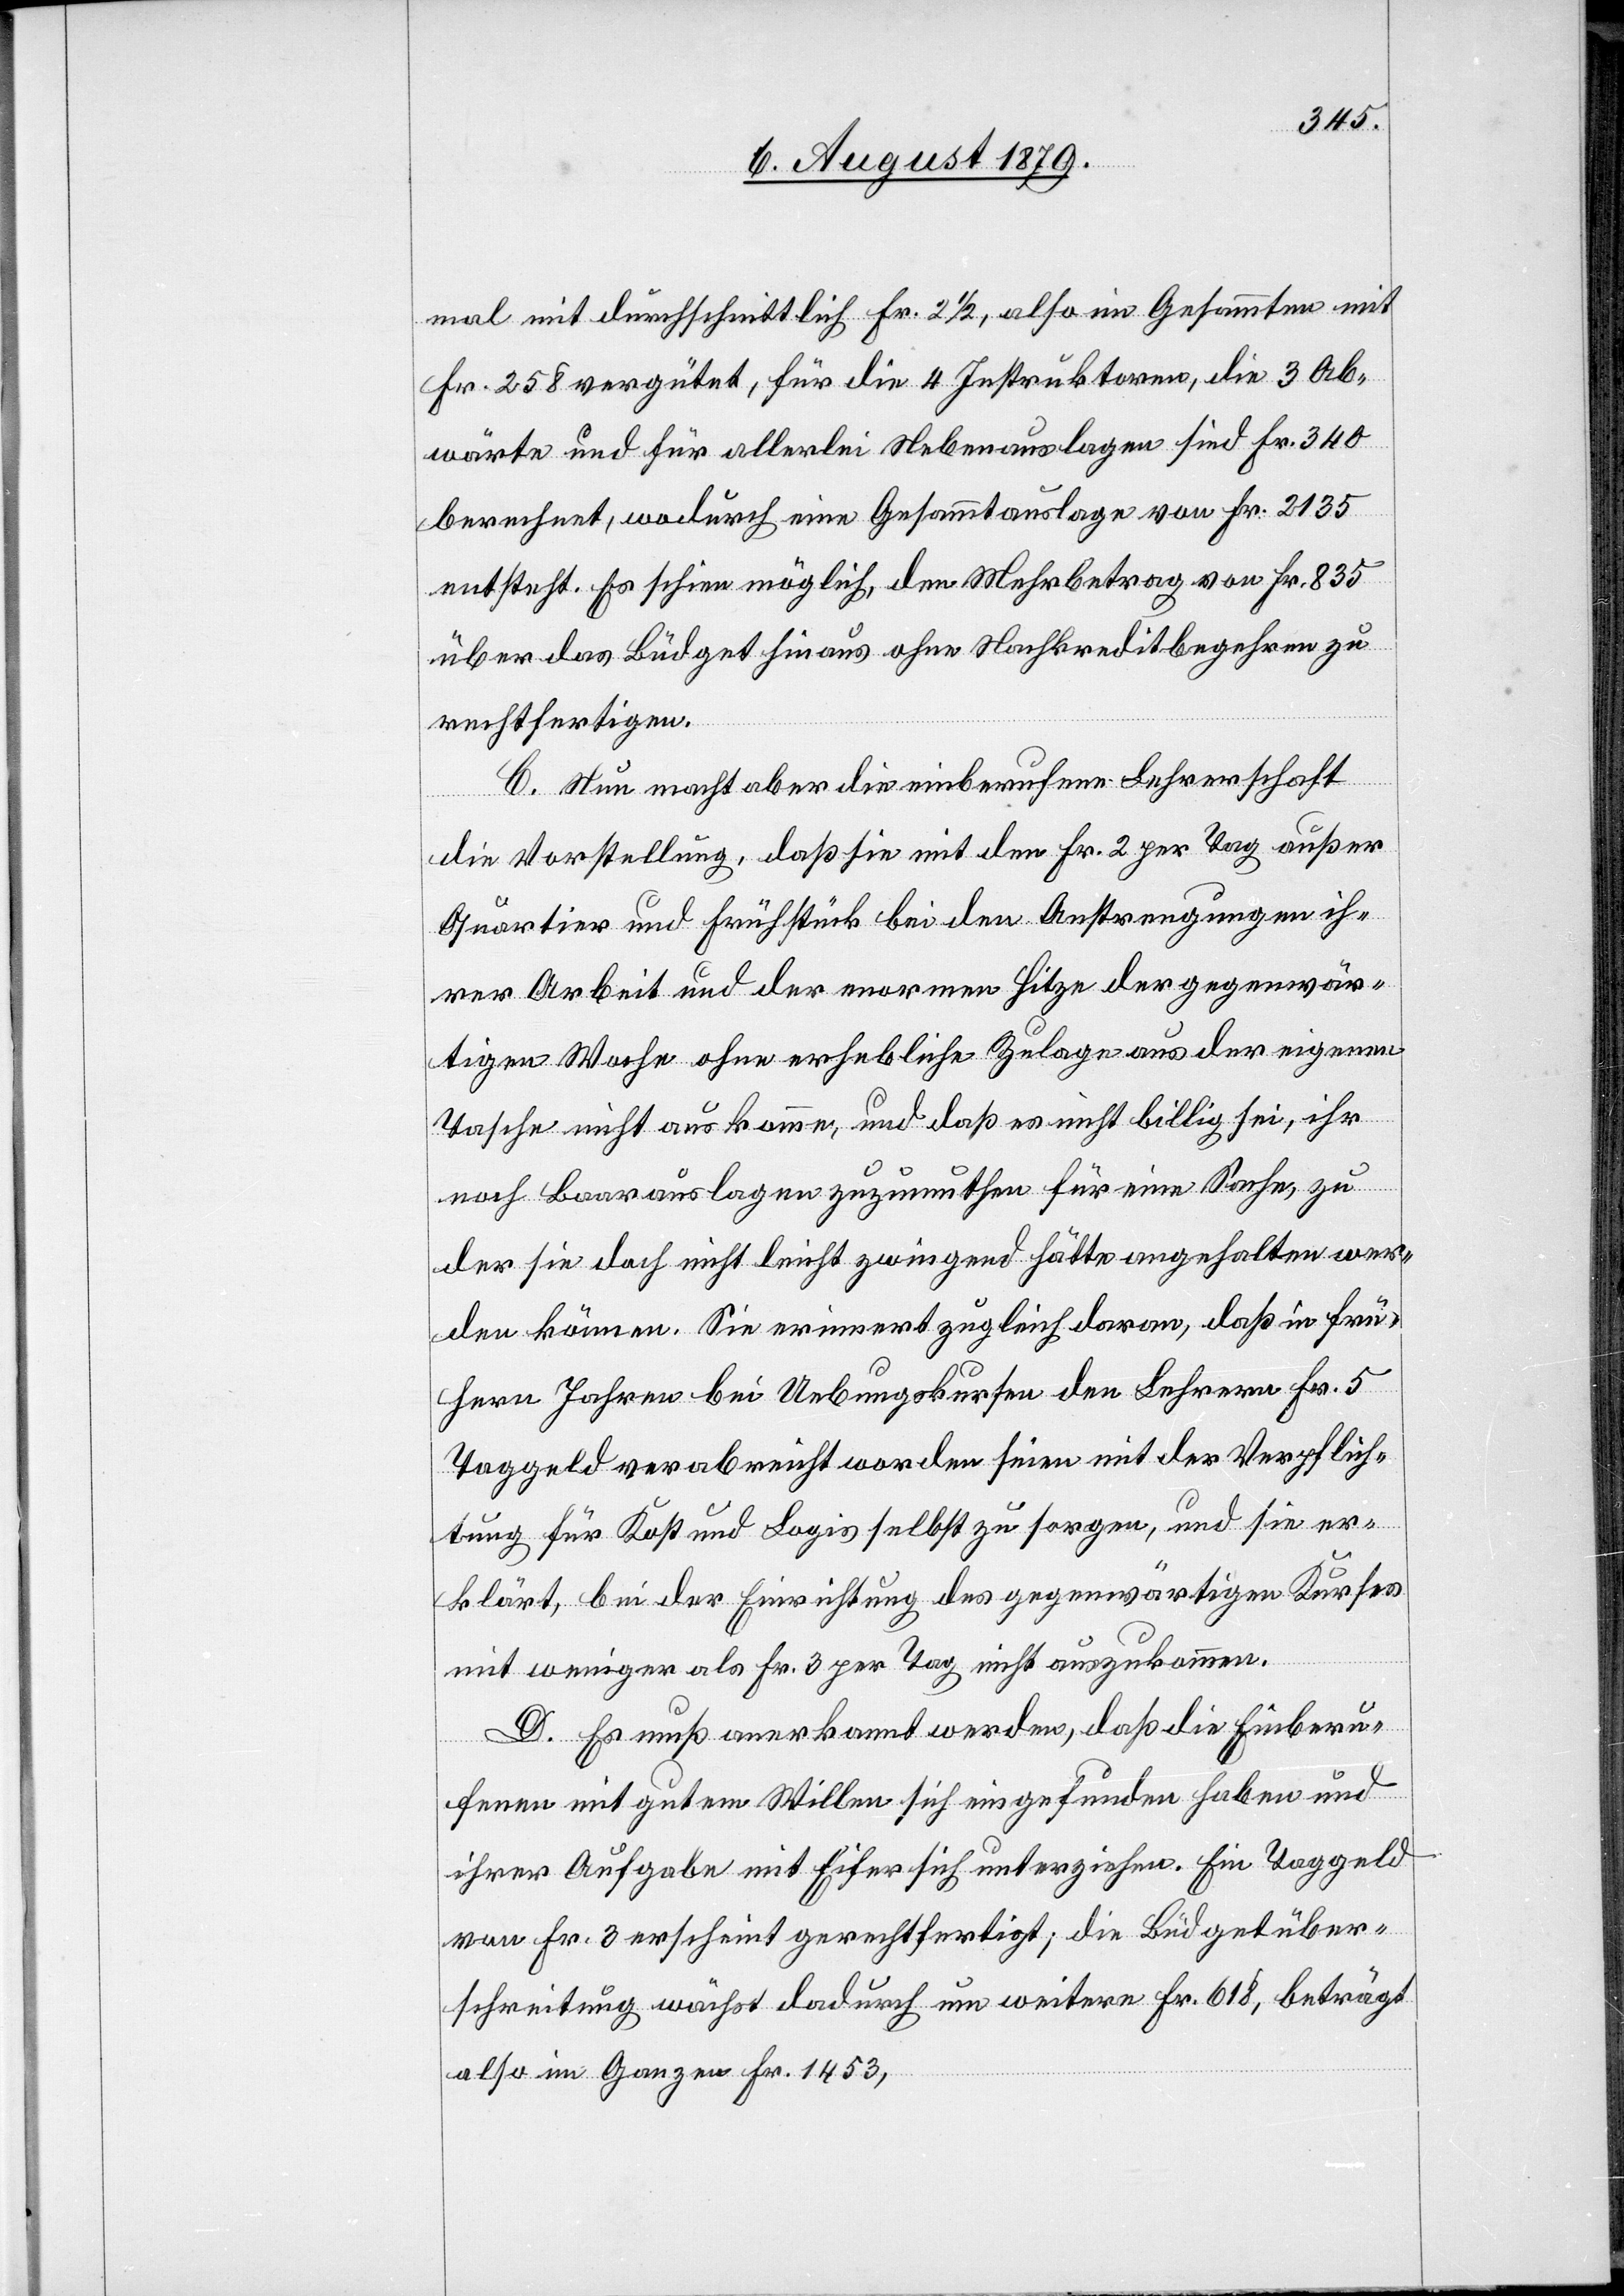
mal mit durchschnittlich Fr. 2 1/2, also im Gesammten mit
Fr. 258 vergütet, für die 4 Instruktoren, die 3 Ab¬
wärte und für allerlei Nebenauslagen sind Fr. 340
berechnet, wodurch eine Gesammtauslage von Fr. 2135
entsteht. Es schien möglich, den Mehrbetrag von Fr. 835
über das Büdget hinaus ohne Nachkreditbegehren zu
rechtfertigen.
C. Nun macht aber die einberufene Lehrerschaft
die Vorstellung, daß sie mit den Fr. 2 per Tag außer
Quartier und Frühstück bei den Anstrengungen ih¬
rer Arbeit und der enormen Hitze der gegenwär¬
tigen Woche ohne erhebliche Zulage aus der eigenen
Tasche nicht auskomme, und daß es nicht billig sei, ihr
noch Baarauslagen zuzumuthen für eine Sache, zu
der sie doch nicht leicht zwingend hätte angehalten wer¬
den können. Sie erinnert zugleich daran, daß in frü¬
hern Jahren bei Uebungskursen den Lehrern Fr. 5
Taggeld verabreicht worden seien mit der Verpflich¬
tung für Kost und Logis selbst zu sorgen, und sie er¬
klärt, bei der Einrichtung des gegenwärtigen Kurses
mit weniger als Fr. 3 per Tag nicht auszukommen.
D. Es muß anerkannt werden, daß die Einberu¬
fene mit gutem Willen sich eingefunden haben und
ihrer Aufgabe mit Eifer sich unterziehen. Ein Taggeld
von Fr. 3 erscheint gerechtfertigt; die Büdgetüber¬
schreitung wächst dadurch um weitere Fr. 618, beträgt
also im Ganzen Fr. 1453,